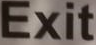
Exit